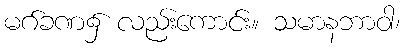
မဂ်ခဏ၌ လည်းကောင်း။ သမာနဘာဝါ၊